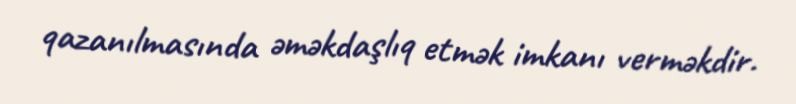
qazanılmasında əməkdaşlıq etmək imkanı verməkdir.